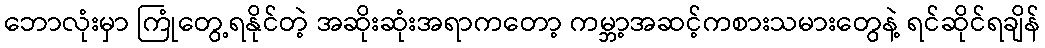
ဘောလုံးမှာ ကြုံတွေ့ရနိုင်တဲ့ အဆိုးဆုံးအရာကတော့ ကမ္ဘာ့အဆင့်ကစားသမားတွေနဲ့ ရင်ဆိုင်ရချိန်